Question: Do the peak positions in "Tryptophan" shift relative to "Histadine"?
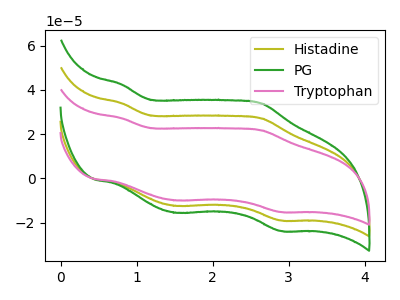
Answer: <think>The olive curve "Histadine" has anodic peaks at (0.80V, 33.95uA) (2.65V, 27.00uA) and cathodic peaks at (1.50V, -12.45uA) (2.90V, -19.05uA). The green curve "PG" has anodic peaks at (0.80V, 67.90uA) (2.65V, 54.05uA) and cathodic peaks at (1.50V, -24.95uA) (2.90V, -38.10uA). The pink curve "Tryptophan" has anodic peaks at (0.80V, 27.15uA) (2.65V, 21.60uA) and cathodic peaks at (1.50V, -10.00uA) (2.90V, -15.25uA).
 All the peaks in "Tryptophan" have a peak in "Histadine" at the same potential. Every peak in "Tryptophan" is lower than every peak in "Histadine".</think>
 <answer>No, "Tryptophan" and "Histadine" don't appear to be significantly different in shape</answer>
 <eval>no_change</eval>